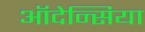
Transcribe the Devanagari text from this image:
ऑदेन्सिया